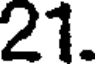
21.